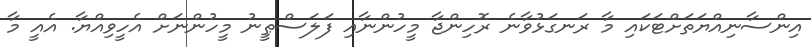
އިންސާނިއްޔަތަށްޓަކައި މާ ރަނގަޅުވާނެ ރޮހިންޖާ މީހުންނާއި ފަލަސްޠީނު މީހުންނަށް އެހީވިއްޔާ. އެއީ މާ